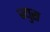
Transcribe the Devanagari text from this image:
ज्युरा